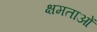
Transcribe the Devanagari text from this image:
क्षमताआें